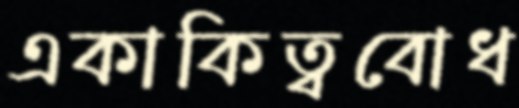
একাকিত্ববোধ